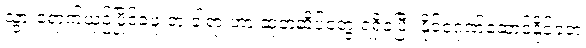
သွားရောက်ယှဉ်ပြိုင်ခဲ့ဖူးတဲ့ ခါရာ ဟာ ဆုတံဆိပ်တွေ ရရှိခဲ့ပြီး နိုင်ငံဂုဏ်ဆောင်နိုင်ခဲ့တဲ့